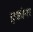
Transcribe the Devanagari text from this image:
एकोनर